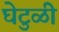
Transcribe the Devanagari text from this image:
घेटुळी